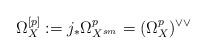
LaTeX: \begin{align*}\Omega_X^{[p]}:=j_*\Omega^p_{X^{sm}}=( \Omega^p_X)^{\vee\vee}\end{align*}